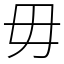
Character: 毋